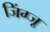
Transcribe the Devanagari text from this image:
जिंग्जू